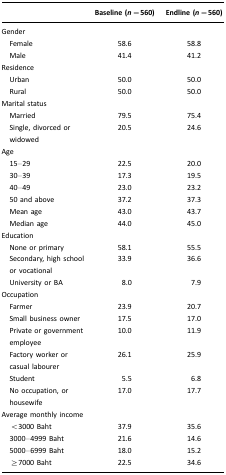
|  | Baseline (n=560) | Endline (n=560) |
 | --- | --- | --- |
 | <COLSPAN=3> Gender |
 | Female | 58.6 | 58.8 |
 | Male | 41.4 | 41.2 |
 | <COLSPAN=3> Residence |
 | Urban | 50.0 | 50.0 |
 | Rural | 50.0 | 50.0 |
 | <COLSPAN=3> Marital status |
 | Married | 79.5 | 75.4 |
 | Single, divorced or widowed | 20.5 | 24.6 |
 | <COLSPAN=3> Age |
 | 15–29 | 22.5 | 20.0 |
 | 30–39 | 17.3 | 19.5 |
 | 40–49 | 23.0 | 23.2 |
 | 50 and above | 37.2 | 37.3 |
 | Mean age | 43.0 | 43.7 |
 | Median age | 44.0 | 45.0 |
 | <COLSPAN=3> Education |
 | None or primary | 58.1 | 55.5 |
 | Secondary, high school or vocational | 33.9 | 36.6 |
 | University or BA | 8.0 | 7.9 |
 | <COLSPAN=3> Occupation |
 | Farmer | 23.9 | 20.7 |
 | Small business owner | 17.5 | 17.0 |
 | Private or government employee | 10.0 | 11.9 |
 | Factory worker or casual labourer | 26.1 | 25.9 |
 | Student | 5.5 | 6.8 |
 | No occupation, or housewife | 17.0 | 17.7 |
 | <COLSPAN=3> Average monthly income |
 | <3000 Baht | 37.9 | 35.6 |
 | 3000–4999 Baht | 21.6 | 14.6 |
 | 5000–6999 Baht | 18.0 | 15.2 |
 | ≥7000 Baht | 22.5 | 34.6 |